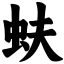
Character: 蚨